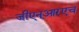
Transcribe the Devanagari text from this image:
जीएन्‌आरएच